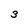
Character: 3